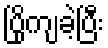
ပြိုကျခဲ့ပြီး